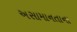
અસામાનતાના